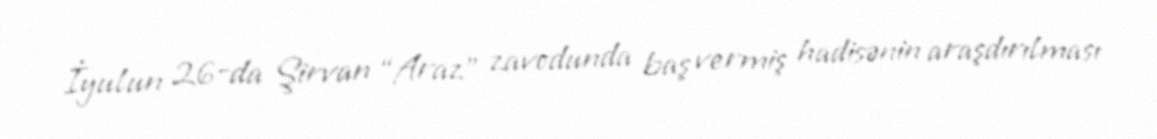
İyulun 26-da Şirvan “Araz” zavodunda baş vermiş hadisənin araşdırılması